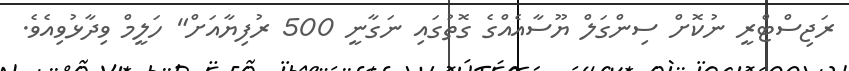
ރަޖިސްޓްރީ ނުކޮށް ސިންގަލް ޔޫސާއެއްގެ ގޮތުގައި ނަގާނީ 500 ރުފިޔާއަށް" ހަލީމް ވިދާޅުވިއެވެ.